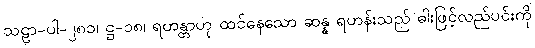
သဠာ-ပါ-၂၈၁၊ ဋ္ဌ-၁၈၊ ရဟန္တာဟု ထင်နေသော ဆန္န ရဟန်းသည် ဓါးဖြင့်လည်ပင်းကို